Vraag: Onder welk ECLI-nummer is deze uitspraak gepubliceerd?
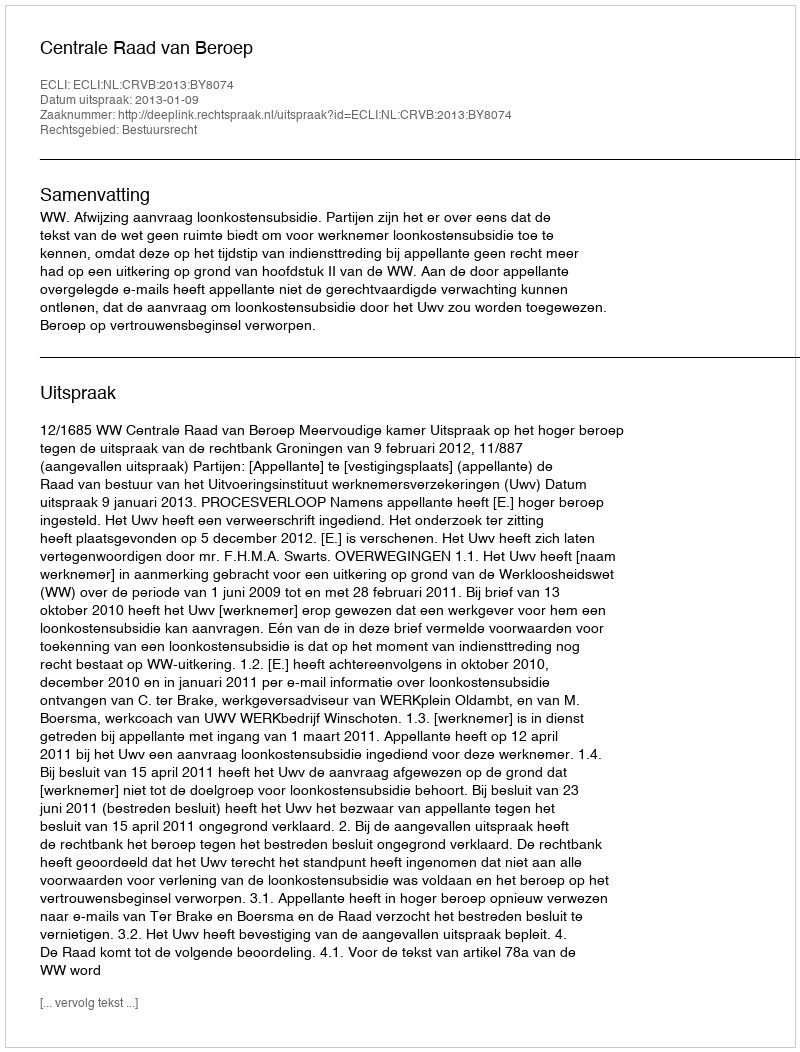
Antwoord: ECLI:NL:CRVB:2013:BY8074